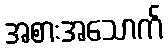
အစားအသောက်